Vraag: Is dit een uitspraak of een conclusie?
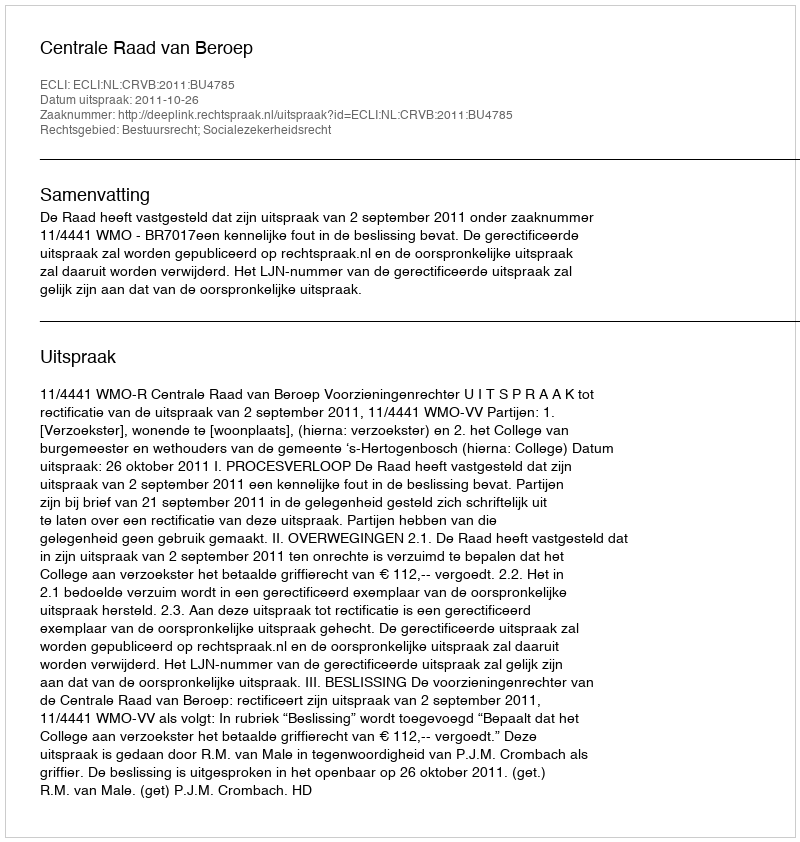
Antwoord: Uitspraak